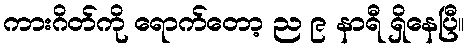
ကားဂိတ်ကို ရောက်တော့ ည ၉ နာရီ ရှိနေပြီ။